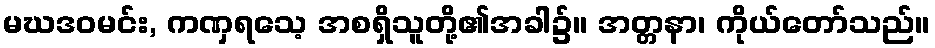
မဃဒဝမင်း, ကဏှရသေ့ အစရှိသူတို့၏အခါ၌။ အတ္တနာ၊ ကိုယ်တော်သည်။